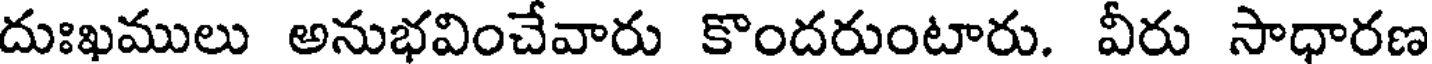
దుఃఖములు అనుభవించేవారు కొందరుంటారు. వీరు సాధారణ